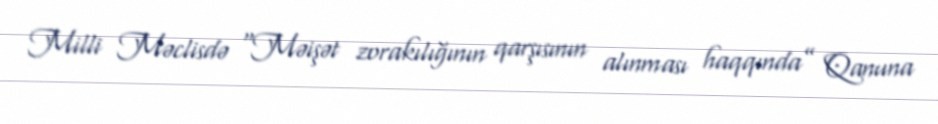
Milli Məclisdə “Məişət zorakılığının qarşısının alınması haqqında” Qanuna